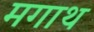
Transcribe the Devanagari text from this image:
मगाथ